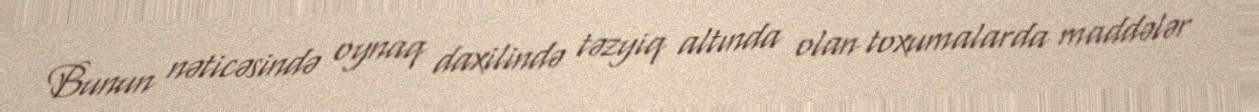
Bunun nəticəsində oynaq daxilində təzyiq altında olan toxumalarda maddələr